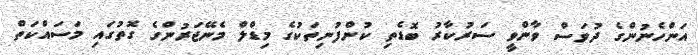
އަންހެނުންގެ ދުވަސް ވާންވީ ސަރުކާރު ބޮޑެތި ކުންފުނިތަކުގެ މިޑްލް މެނޭޖަރުންގެ ގޮތުގައި މަސައްކަތް